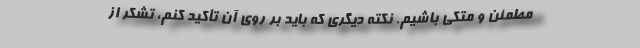
مطمئن و متکی باشیم. نکته دیگری که باید بر روی آن تأکید کنم، تشکر از